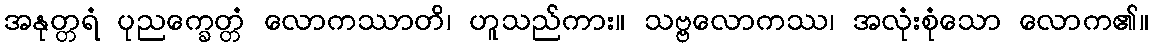
အနုတ္တရံ ပုညက္ခေတ္တံ လောကဿာတိ၊ ဟူသည်ကား။ သဗ္ဗလောကဿ၊ အလုံးစုံသော လောက၏။